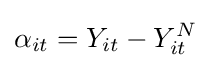
\alpha _{it}=Y_{it}-Y_{it}^{N}